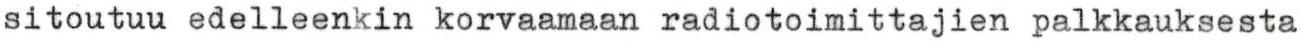
sitoutuu edelleenkin korvaamaan radiotoimittajien palkkauksesta